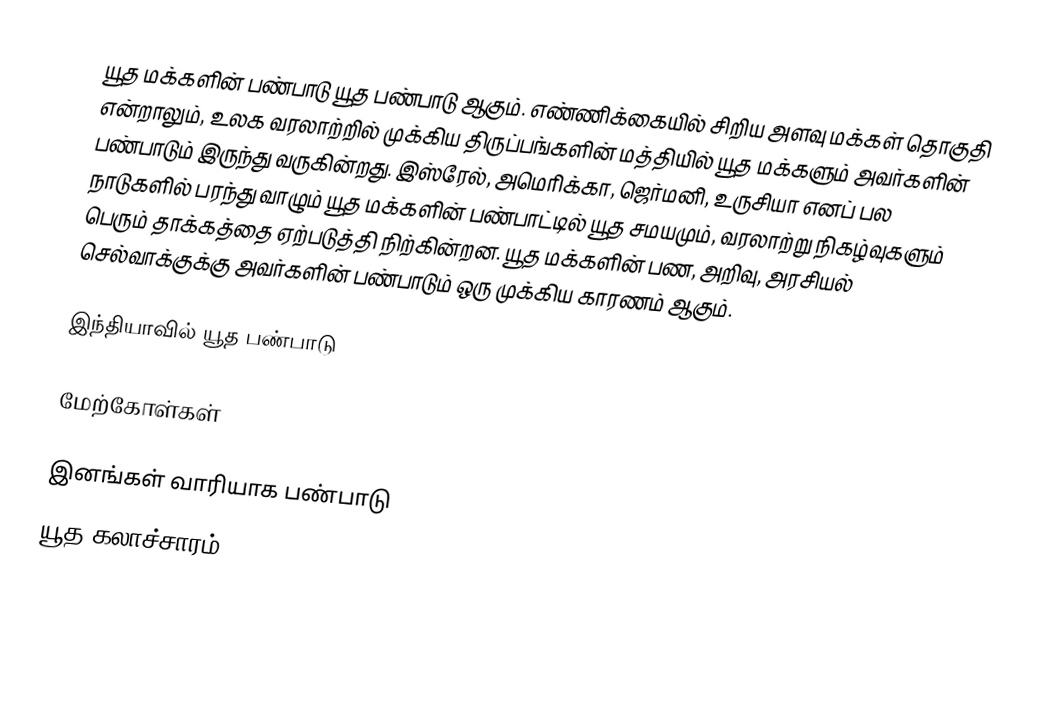
யூத மக்களின் பண்பாடு யூத பண்பாடு ஆகும்.  எண்ணிக்கையில் சிறிய அளவு மக்கள் தொகுதி என்றாலும், உலக வரலாற்றில் முக்கிய திருப்பங்களின் மத்தியில் யூத மக்களும் அவர்களின் பண்பாடும் இருந்து வருகின்றது.  இஸ்ரேல், அமெரிக்கா, ஜெர்மனி, உருசியா எனப் பல நாடுகளில் பரந்து வாழும் யூத மக்களின் பண்பாட்டில் யூத சமயமும், வரலாற்று நிகழ்வுகளும் பெரும் தாக்கத்தை ஏற்படுத்தி நிற்கின்றன.  யூத மக்களின் பண, அறிவு, அரசியல் செல்வாக்குக்கு அவர்களின் பண்பாடும் ஒரு முக்கிய காரணம் ஆகும்.

இந்தியாவில் யூத பண்பாடு

மேற்கோள்கள்

இனங்கள் வாரியாக பண்பாடு
யூத கலாச்சாரம்